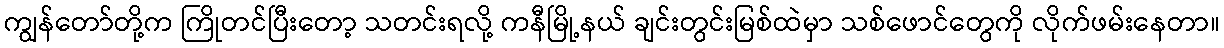
ကျွန်တော်တို့က ကြိုတင်ပြီးတော့ သတင်းရလို့ ကနီမြို့နယ် ချင်းတွင်းမြစ်ထဲမှာ သစ်ဖောင်တွေကို လိုက်ဖမ်းနေတာ။